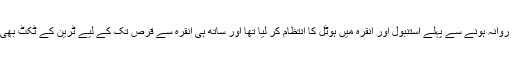
چنانچہ سفر پہ روانہ ہونے سے پہلے استنبول اور انقرہ میں ہوٹل کا انتظام کر لیا تھا اور ساتھ ہی انقرہ سے قرص تک کے لیے ٹرین کے ٹکٹ بھی لے لیے تھے۔